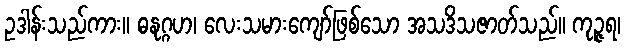
ဥဒါန်းသည်ကား။ ဓနုဂ္ဂဟ၊ လေးသမားကျော်ဖြစ်သော အသဒိသဇာတ်သည်။ ကုဉ္ဇရ၊